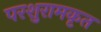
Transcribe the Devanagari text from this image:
परशुरामकृत